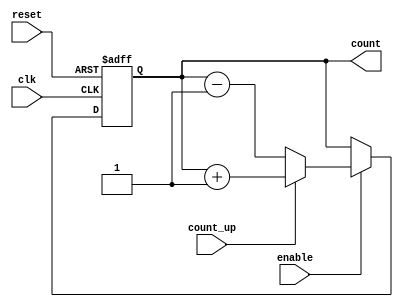
module cascaded_counter (
    input wire clk,          // Clock signal
    input wire reset,        // Asynchronous reset
    input wire enable,       // Enable signal
    input wire count_up,     // Count up signal
    output reg [3:0] count   // 4-bit counter output
);

    always @(posedge clk or posedge reset) begin
        if (reset) begin
            count <= 4'b0000; // Reset the counter to 0
        end else if (enable) begin
            if (count_up) begin
                count <= count + 1; // Increment the counter
            end else begin
                count <= count - 1; // Decrement the counter
            end
        end
    end

endmodule